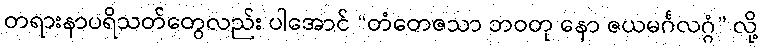
တရားနာပရိသတ်တွေလည်း ပါအောင် “တံတေဇသာ ဘဝတု နော ဇယမင်္ဂလဂ္ဂံ” လို့